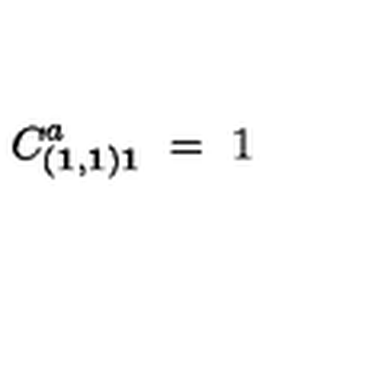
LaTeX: C _ { ( { \bf 1 } , { \bf 1 } ) { \bf 1 } } ^ { a } \ = \ 1 \quad